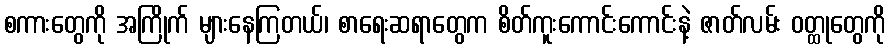
စကားတွေကို အကြိုက် များနေကြတယ်၊ စာရေးဆရာတွေက စိတ်ကူးကောင်းကောင်းနဲ့ ဇာတ်လမ်း ဝတ္ထုတွေကို